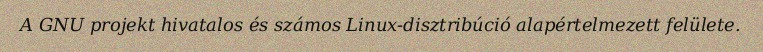
A GNU projekt hivatalos és számos Linux-disztribúció alapértelmezett felülete.